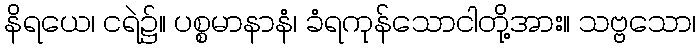
နိရယေ၊ ငရဲ၌။ ပစ္စမာနာနံ၊ ခံရကုန်သောငါတို့အား။ သဗ္ဗသော၊